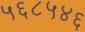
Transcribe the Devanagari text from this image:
५६८५४६